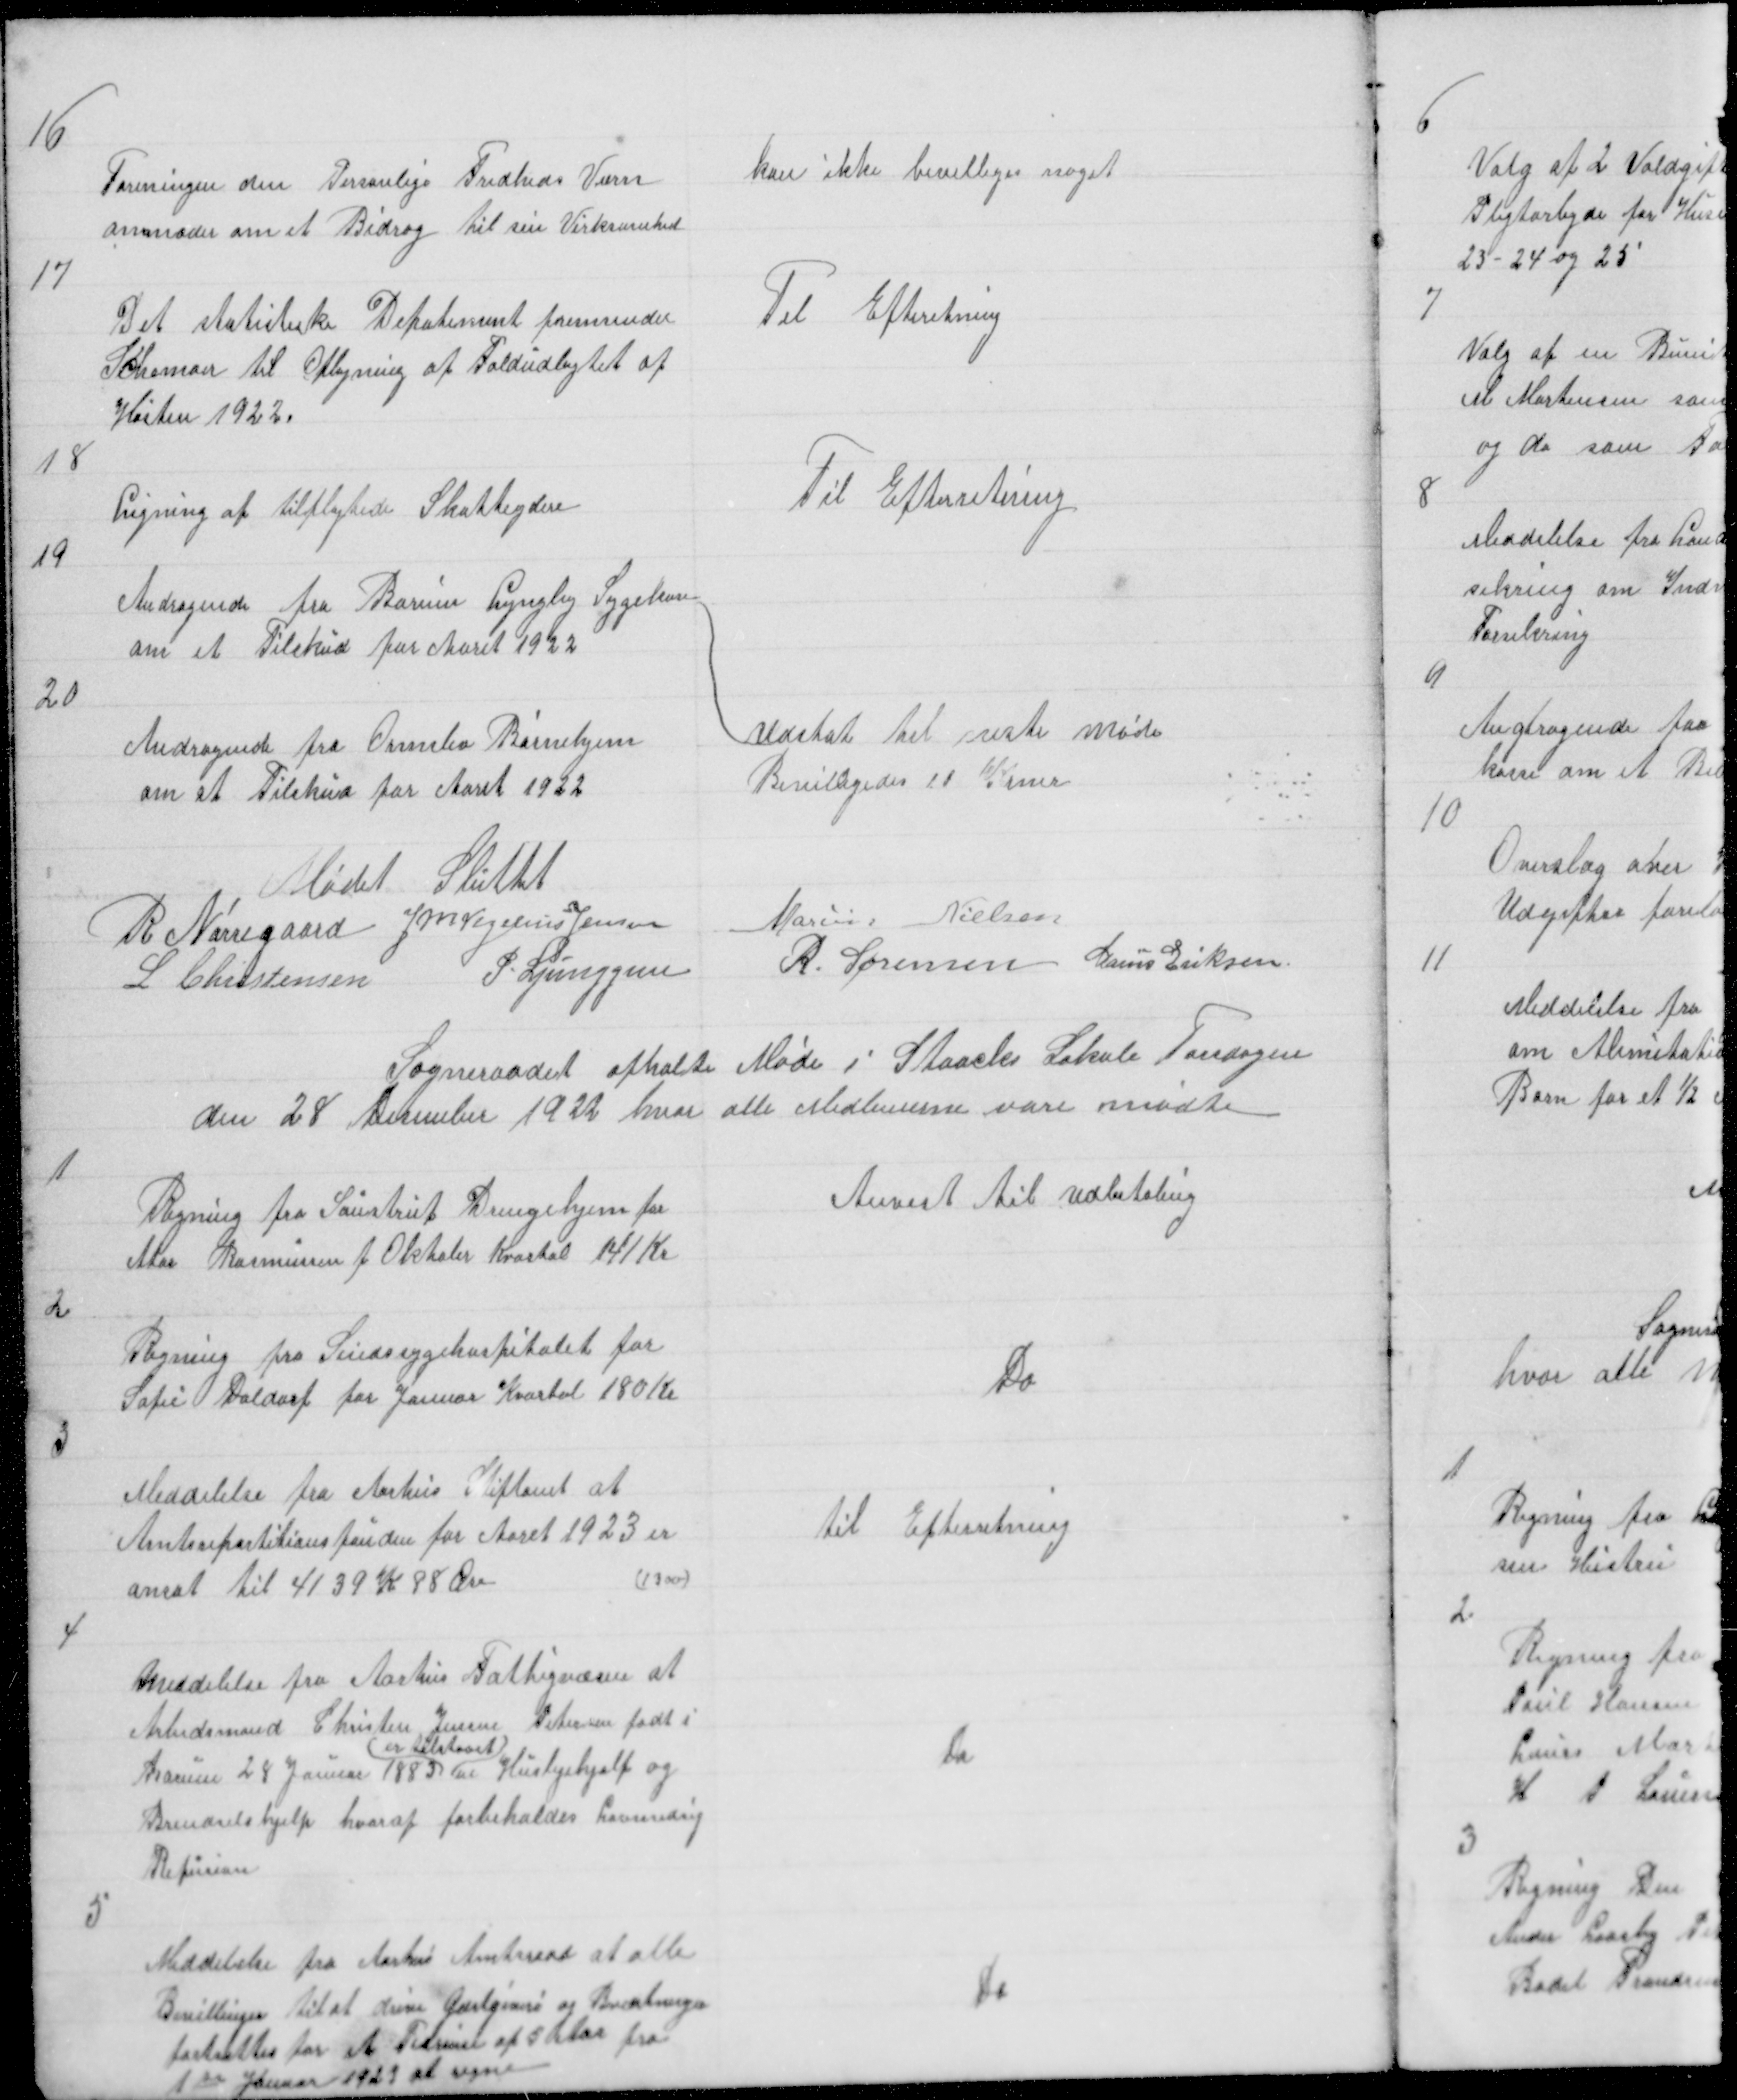
Transskription:
16

Foreningen den Personlige Fredheds Værn
anmoder om et Bidrag til sin Virksomhed

kan ikke bevilliges noget

17

Det statistiske Depatement fremsender
Schemaer til Oplysning af Foldudbytet af
Høsten 1922.

Til Efteretning

18

Ligning af tilflytede Skatteydere

Til Efterretning

19

Andragende fra Borum Lyngby Sygekasse
om et Tilskud for Aaret 1922

20

Udstat til neste Møde

Andragende fra Ormslev Børnehjem
om et Tilskud for Aaret 1922

Bevilligedes 10 Krner

Mødet Sluttet
R Nørregaard J M Vogelius Jensen
Marius Nielsen
L Christensen
P. Ljunggren
R. Sørensen Marius Eriksen

Sogneraadet afholte Møde i Staacks Lokale Torsdagen
den 28 December 1922 hvor alle Medlemerne vare mødte

1

Regning fra Saustrup Drengehjem for
Ator Rasmussen f Oktober Kvartal 141 Kr

Anvist til Udbetaling

2

Regning fra Sindsygehospitalet for
Sofie Daldorf for Januar Kvartal 180 Kr

Do

3

Meddelelse fra Aarhus Stiftamt at
Amtsrepartitionsfonden for Aaret 1923 er
ansat til 4139 K 88 Øre
(1300)

til Efterretning

4

Meddelelse fra Aarhus Fattigvæsen at
Arbedsmand Christen Jensen Petersen født i
Borum 24 Januar 1883
er tilstaaet
Huslejehjelp og
Brendselshjelp hvoraf forholdes Lovmedsig
Refusion

Do

5

Meddelelse fra Aarhus Amtsraad at alle
Bevillinger til at drive Gæstgiveri og Beværtninger
fastsættes for et Tidsrum af 5 Aar fra
1te Januar 1923 at regne

Do